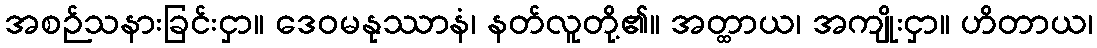
အစဉ်သနားခြင်းငှာ။ ဒေဝမနုဿာနံ၊ နတ်လူတို့၏။ အတ္ထာယ၊ အကျိုးငှာ။ ဟိတာယ၊